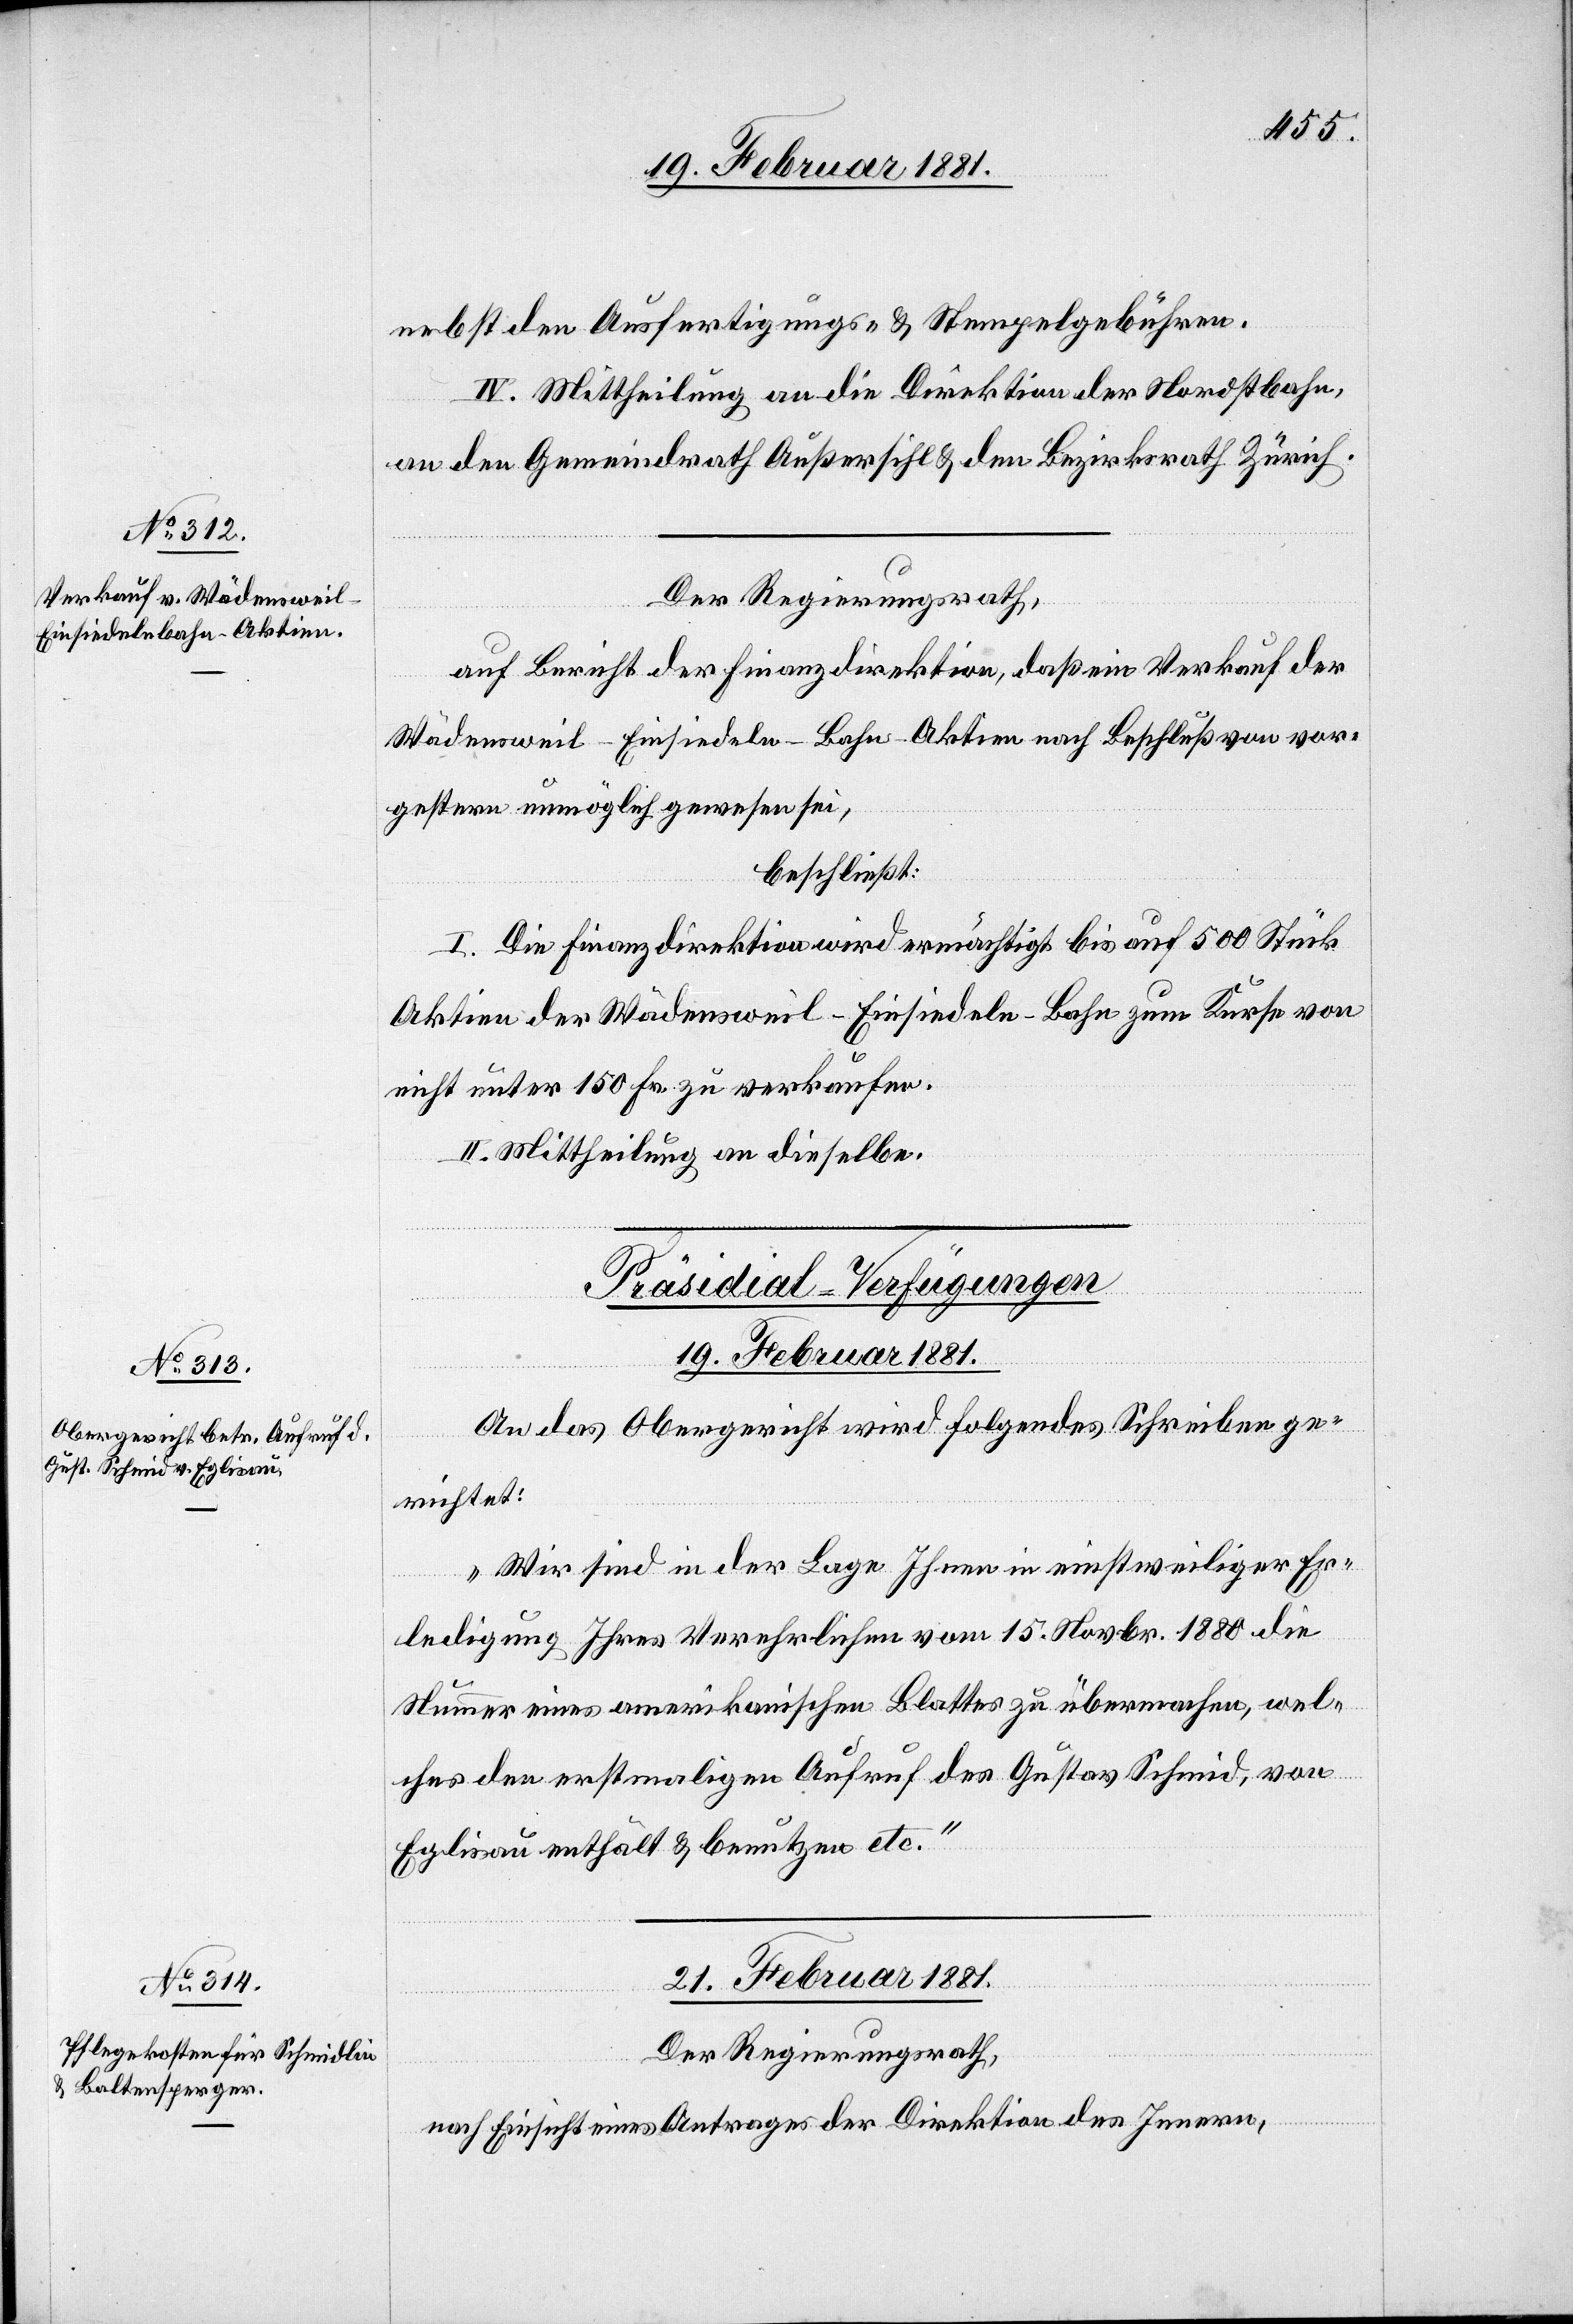
nebst den Ausfertigungs- & Stempelgebühren.
IV. Mittheilung an die Direktion der Nordostbahn,
an den Gemeindrath Außersihl & den Bezirksrath Zürich.
Der Regierungsrath,
auf Bericht der Finanzdirektion, daß ein Verkauf der
Wädensweil–Einsiedeln-Bahn-Aktien nach Beschluß von vor¬
gestern unmöglich gewesen sei,
beschließt:
I. Die Finanzdirektion wird ermächtigt bis auf 500 Stück
Aktien der Wädensweil–Einsiedeln-Bahn zum Kurse von
nicht unter 150 Fr. zu verkaufen.
II. Mittheilung an dieselbe.
[Präsidial-Verfügungen]
19. Februar 1881.
An das Obergericht wird folgendes Schreiben ge¬
richtet:
„Wir sind in der Lage Ihnen in einstweiliger Er¬
ledigung Ihres Verehrlichen vom 15. Novbr. 1880 die
Nummer eines amerikanischen Blattes zu übermachen, wel¬
ches den erstmaligen Aufruf des Gustav Schmid, von
Eglisau enthält & benutzen etc.“
21. Februar 1881.
Der Regierungsrath,
nach Einsicht eines Antrages der Direktion des Innern,